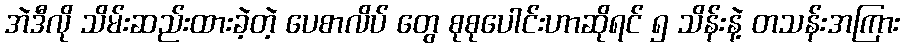
အဲဒီလို သိမ်းဆည်းထားခဲ့တဲ့ ပေစာလိပ် တွေ စုစုပေါင်းဟာဆိုရင် ၅ သိန်းနဲ့ တသန်းအကြား